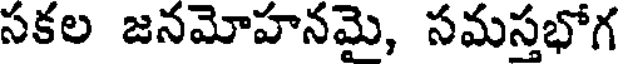
సకల జనమోహనమై, సమస్తభోగ